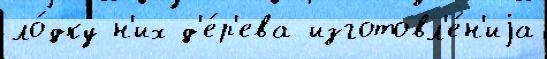
ло́дку н'их д'е́р'ева изготовл'е́н'иjа